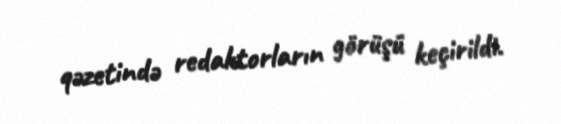
qəzetində redaktorların görüşü keçirildi.